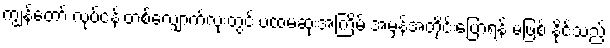
ကျွန်တော့် လုပ်ငန်းတစ်လျှောက်လုံးတွင် ပထမဆုံးအကြိမ် အမှန်အတိုင်းပြောရန် မဖြစ် နိုင်သည့်